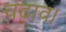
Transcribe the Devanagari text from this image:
चढ़ाव।